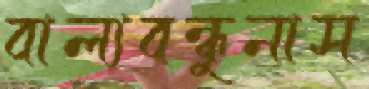
বাল্যবন্ধুনাস